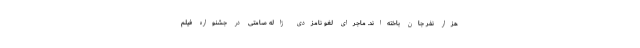
هزار نفر جان باخته‌اند. ماجرای لغو نامزدی ژاله صامتی در جشنواره فیلم